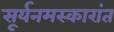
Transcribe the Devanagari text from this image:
सूर्यनमस्कारांत